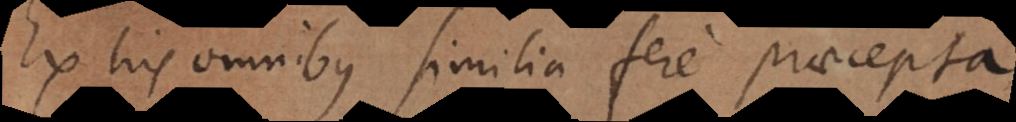
Ex his omnibus similia fere praecepta